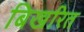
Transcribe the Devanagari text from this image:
बिखरित